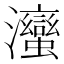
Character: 𭳹